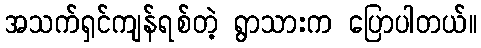
အသက်ရှင်ကျန်ရစ်တဲ့ ရွာသားက ပြောပါတယ်။